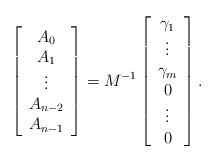
LaTeX: \begin{align*}\left[\begin{array}{c}A_0\\A_1\\ \vdots\\ A_{n-2}\\A_{n-1}\end{array}\right]=M^{-1}\left[\begin{array}{c}\gamma_1\\ \vdots\\ \gamma_{m}\\0 \\ \vdots \\ 0\end{array}\right].\end{align*}